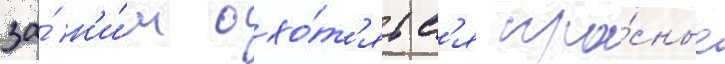
за́ н'и́м охо́т'ятс'я кра́сные